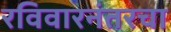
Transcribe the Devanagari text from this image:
रविवारनंतरचा